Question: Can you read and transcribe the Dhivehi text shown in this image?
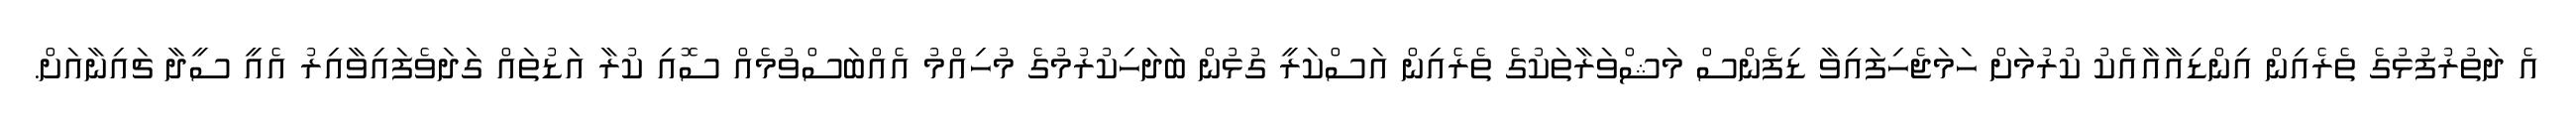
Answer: އެ ދަތުރުފުޅުގެ ތެރެއިން އިންޑިއާއާއެކު ކުރުމަށް ހަމަޖެހިފައިވާ ޑިފެންސް މަޝްވަރާތަކުގެ ތެރެއިން އަސްކަރީ ގުޅުން ބަދަހިކުރުމުގެ މުހިއްމު އެއްބަސްވުމެއް ސޮއި ކުރާ އަޑުތައް ގަދަވެފައިވާއިރު އެއީ ސީދާ ޗައިނާއަށް.